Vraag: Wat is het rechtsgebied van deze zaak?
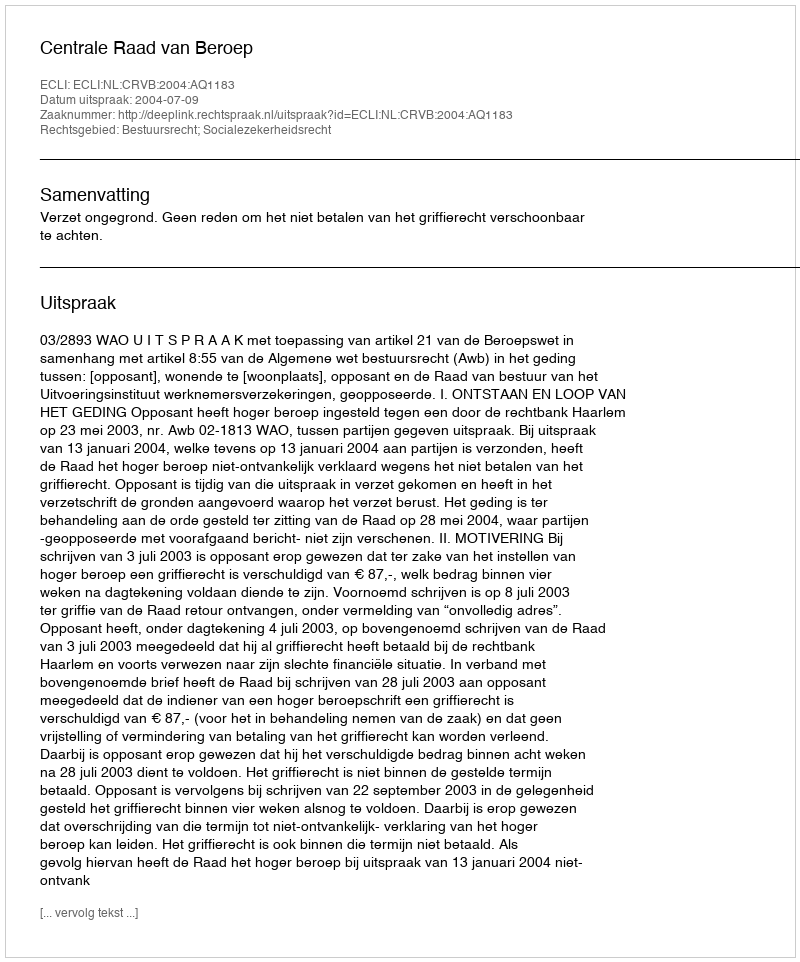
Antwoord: Bestuursrecht; Socialezekerheidsrecht